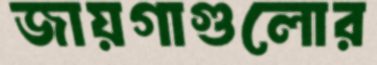
জায়গাগুলোর